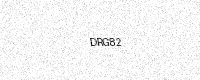
Text: DRG82